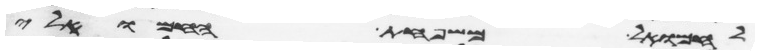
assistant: לחמואל משפחת החמואלי